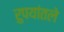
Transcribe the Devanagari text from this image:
रुपयांतले